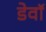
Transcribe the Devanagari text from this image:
डेवॉ